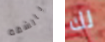
بالشقة لك